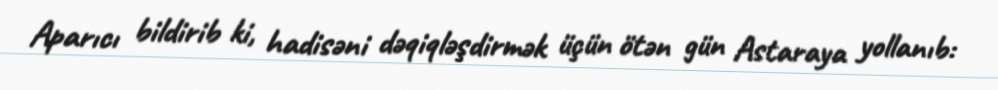
Aparıcı bildirib ki, hadisəni dəqiqləşdirmək üçün ötən gün Astaraya yollanıb: